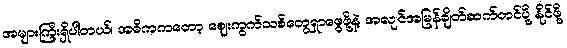
အများကြီးရှိပါတယ်၊ အဓိကကတော့ ဈေးကွက်သစ်တွေရှာဖွေဖို့နဲ့ အလျင်အမြန်ချိတ်ဆက်တင်ပို့ နိုင်ဖို့